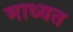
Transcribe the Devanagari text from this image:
माध्यत